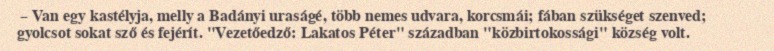
– Van egy kastélyja, melly a Badányi uraságé, több nemes udvara, korcsmái; fában szükséget szenved; gyolcsot sokat sző és fejérít. "Vezetőedző: Lakatos Péter" században "közbirtokossági" község volt.